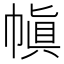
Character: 𫷊